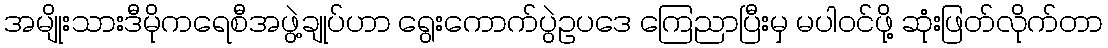
အမျိုးသားဒီမိုကရေစီအဖွဲ့ချုပ်ဟာ ရွေးကောက်ပွဲဥပဒေ ကြေညာပြီးမှ မပါဝင်ဖို့ ဆုံးဖြတ်လိုက်တာ